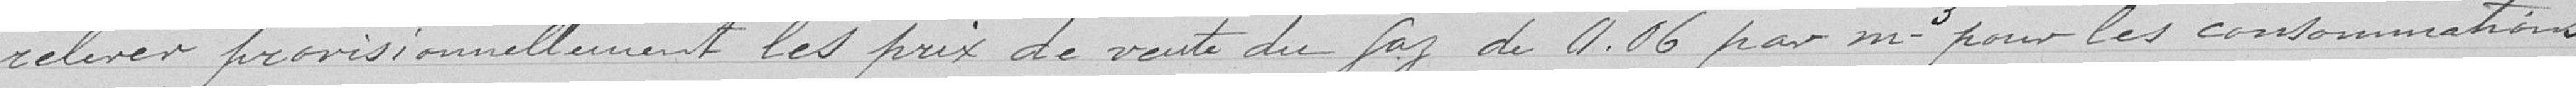
relever provisionnellement les prix de vente du Gaz de 0.06 par m3 pour les consommations